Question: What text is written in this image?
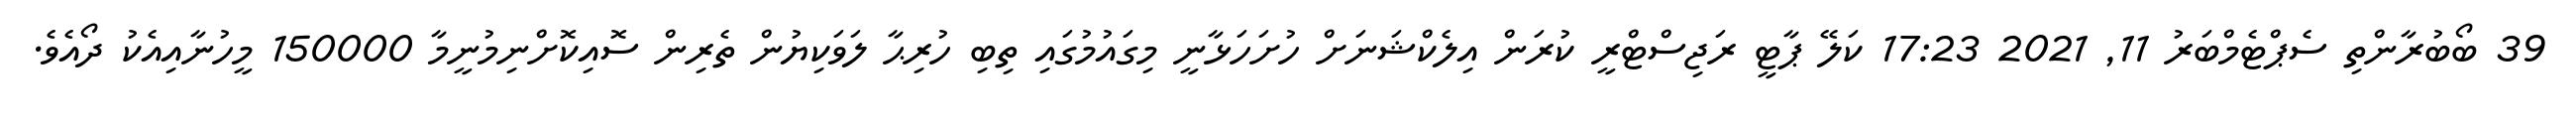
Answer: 39 ބޯބުރާންތި ސެޕްޓެމްބަރު 11, 2021 17:23 ކަލޭ ޕާޓީ ރަޖިސްޓްރީ ކުރަން އިލެކްޝަނަށް ހުށަހަޅާނީ މިގައުމުގައި ތިބި ހުރިޙާ ލަވަކިޔުން ތެރިން ސޮއިކޮށްނިމުނީމާ 150000 މީހުނާއިއެކު ދޯއެވެ.